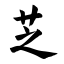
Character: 芝